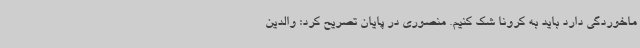
ماخوردگی دارد باید به کرونا شک کنیم. منصوری در پایان تصریح کرد: والدین